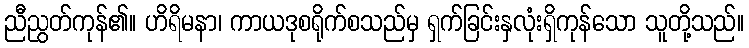
ညီညွတ်ကုန်၏။ ဟိရိမနာ၊ ကာယဒုစရိုက်စသည်မှ ရှက်ခြင်းနှလုံးရှိကုန်သော သူတို့သည်။